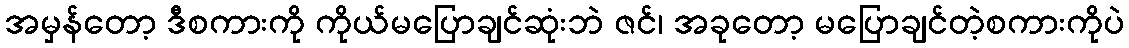
အမှန်တော့ ဒီစကားကို ကိုယ်မပြောချင်ဆုံးဘဲ ဇင်၊ အခုတော့ မပြောချင်တဲ့စကားကိုပဲ